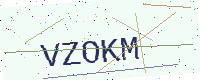
Text: VZOKM